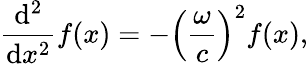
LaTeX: {\frac{\mathrm{d}^{2}}{\mathrm{d}x^{2}}}f(x)=-\left({\frac{\omega}{c}}\right)^{2}f(x),